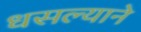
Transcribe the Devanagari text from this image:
धसल्याने